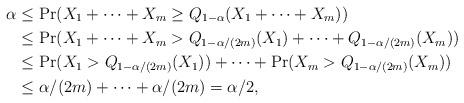
LaTeX: \begin{align*}\alpha & \leq \Pr (X_{1}+\dots +X_{m}\geq Q_{1-\alpha }(X_{1}+\dots +X_{m}))\\& \leq \Pr (X_{1}+\dots +X_{m}>Q_{1-\alpha /(2m)}(X_{1})+\dots +Q_{1-\alpha/(2m)}(X_{m})) \\& \leq \Pr (X_{1}>Q_{1-\alpha /(2m)}(X_{1}))+\dots +\Pr (X_{m}>Q_{1-\alpha/(2m)}(X_{m})) \\& \leq \alpha /(2m)+\dots +\alpha /(2m)=\alpha /2,\end{align*}